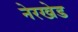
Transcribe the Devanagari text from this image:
नेरखेड